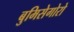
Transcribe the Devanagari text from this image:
बुमिसेगोरो